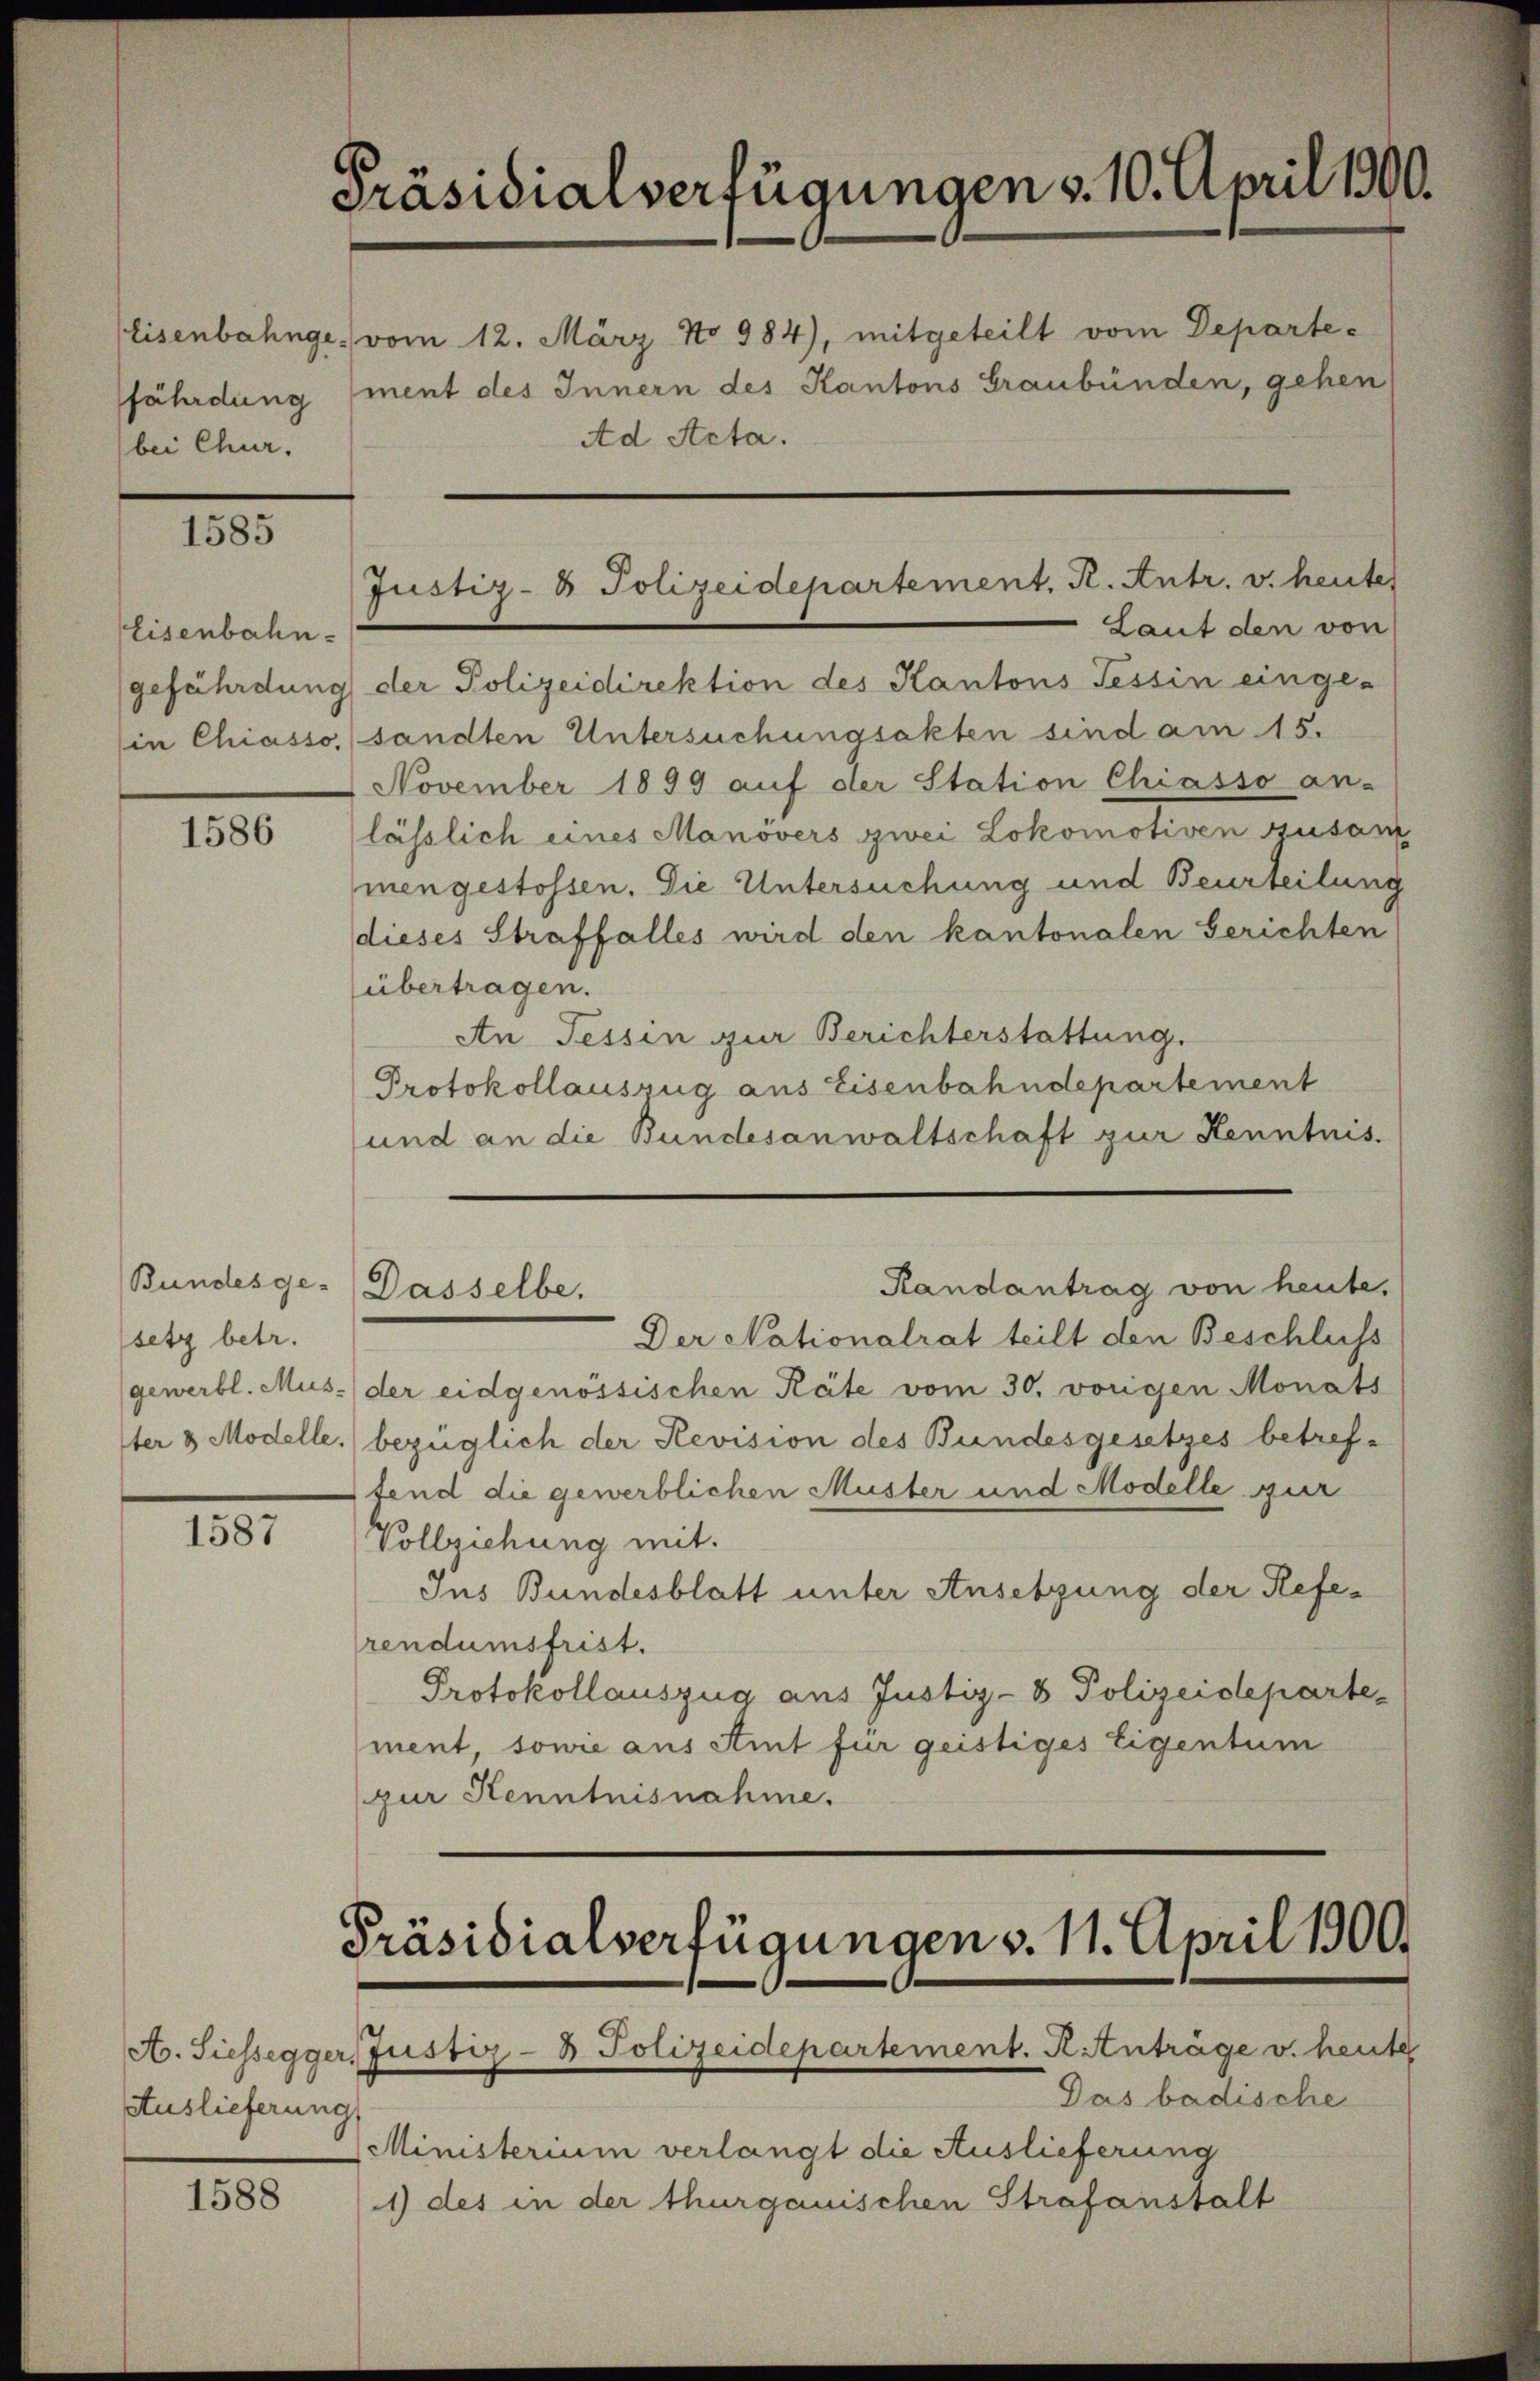
bei Chur.

1585

Eisenbahn
gefährdung
in Chiasso,

1586

Bundesgesetz betr.
gewerbl. Mus-
1ter 3 Modelle.

1587

Auslieferung

1588

Präsidialverfügungen v. 10. April 1800.
Eisenbahnge vom 12. März No 984), mitgeteilt vom Departe-
fährdung (ment des Innern des Kantons Graubünden, gehen
Ad Acta.

Justiz- & Polizeidepartement, R. Antr. v. heute

Laut den von
der Polizeidirektion des Kantons Tessin einge-
sandten Untersuchungsakten sind am 15.
November 1899 auf der Station Chiasso an-
lässlich eines Manövers zwei Lokomotiven zusam
mengestossen. Die Untersuchung und Beurteilung
dieses Straffalles wird den kantonalen Gerichten
übertragen.
An Tessin zur Berichterstattung.
Protokollauszug aus Eisenbahndepartement
und an die Bundesanwaltschaft zur Kenntnis.
Randantrag von heute.
Dasselbe.
Der Nationalrat teilt den Beschluss
der eidgenössischen Räte vom 30. vorigen Monats
bezüglich der Revision des Bundesgesetzes betreffend die gewerblichen Muster und Modelle zur
Vollziehung mit.
Ins Bundesblatt unter Ansetzung der Referendumsfrist.
Protokollauszug aus Justiz- & Polizeideparte
ment sowie aus Amt für geistiges Eigentum
(zur Kenntnisnahme.

Präsidialverfügungen v. 11. April 1900.
A. Siehsegger, Justiz- & Polizeidepartement. R. Anträge v. heute

Das badische
Ministerium verlangt die Auslieferung
1) des in der thurgauischen Strafanstalt